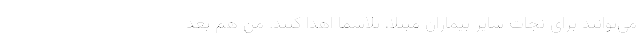
می‌توانند برای نجات سایر بیماران مبتلا، پلاسما اهدا کنند. من هم بعد